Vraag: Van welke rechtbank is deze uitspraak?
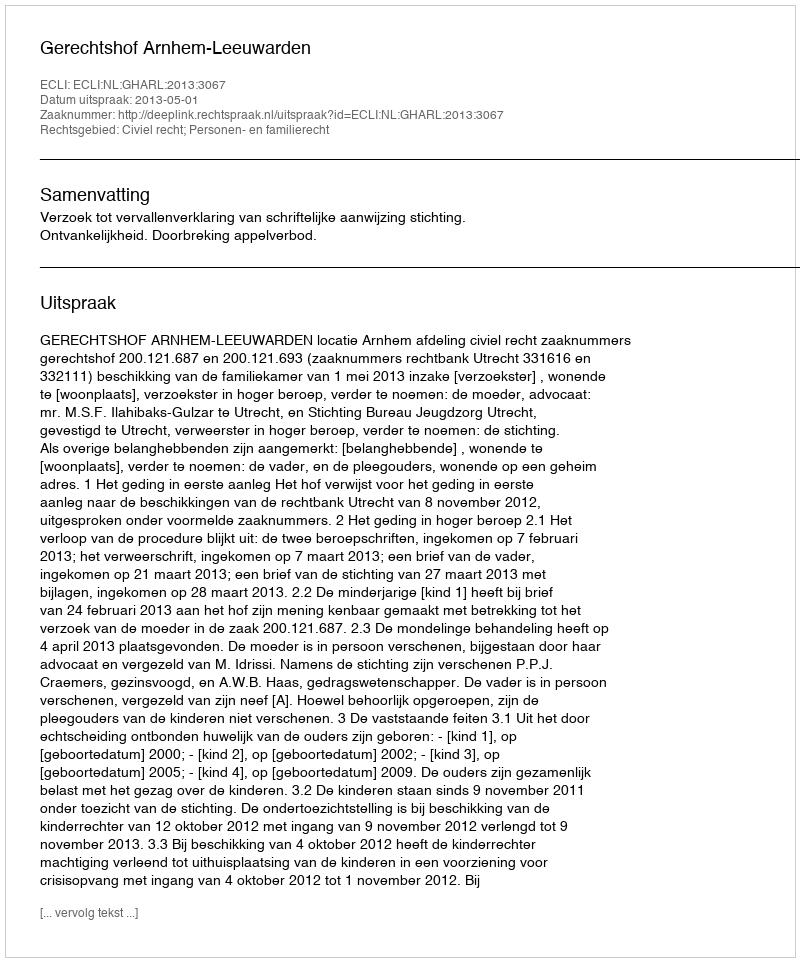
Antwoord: Gerechtshof Arnhem-Leeuwarden